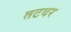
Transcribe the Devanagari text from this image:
तटवर